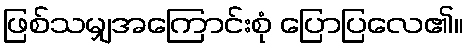
ဖြစ်သမျှအကြောင်းစုံ ပြောပြလေ၏။